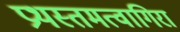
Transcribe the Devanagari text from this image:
प्रथस्तमत्वागिरा